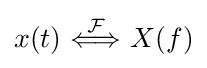
x(t)\ {\stackrel {\mathcal {F}}{\Longleftrightarrow }}\ X(f)